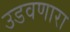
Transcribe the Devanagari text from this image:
उडवणारा